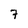
Character: 7